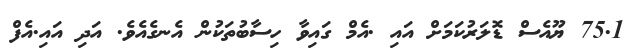
75.1 ޔޫއެސް ޑޮލަރުކަމަށް އައި .އެމް ގައިވާ ހިސާބުތަކުން އެނގެއެވެ. އަދި އައި.އެފް